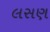
લસણ